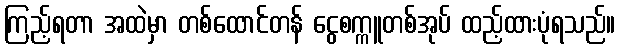
ကြည့်ရတာ အထဲမှာ တစ်ထောင်တန် ငွေစက္ကူတစ်အုပ် ထည့်ထားပုံရသည်။